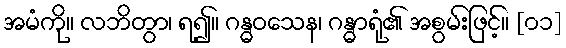
အမံကို။ လဘိတွာ၊ ရ၍။ ဂန္ဓဝသေန၊ ဂန္ဓာရုံ၏ အစွမ်းဖြင့်။ [၀၁]